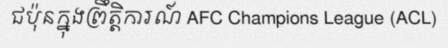
ជប៉ុនក្នុងព្រឹត្តិការណ៍ AFC Champions League (ACL)